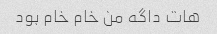
هات داگه من خام خام بود